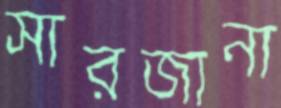
সারজানা